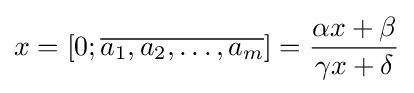
x=[0;{\overline {a_{1},a_{2},\dots ,a_{m}}}]={\frac {\alpha x+\beta }{\gamma x+\delta }}